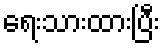
ရေးသားထားပြီး